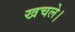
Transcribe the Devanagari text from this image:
खचले।